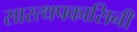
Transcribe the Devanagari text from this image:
सारत्थपकासिनी